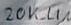
Text: 20K_LIN